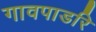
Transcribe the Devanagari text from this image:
गावपाडरि